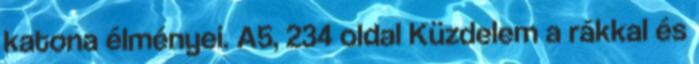
katona élményei. A5, 234 oldal Küzdelem a rákkal és